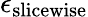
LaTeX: \epsilon_{\mathrm{slicewise}}